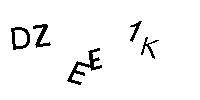
DZEE1K